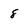
Character: 8